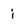
Character: i